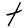
Character: t